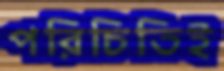
পরিচিতিই